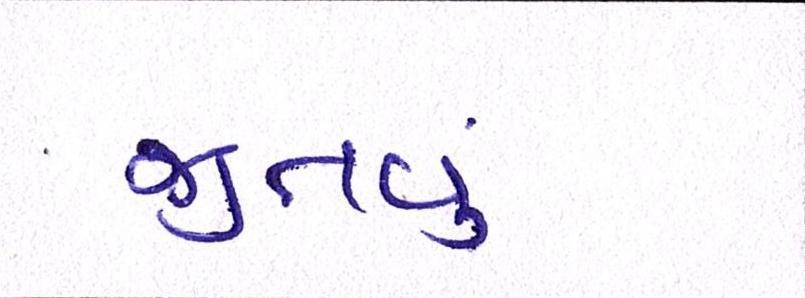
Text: જીતવું